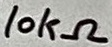
Text: 10kΩ